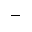
-